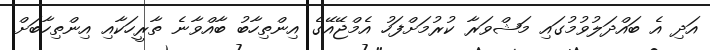
އަދި އެ ބައްދަލުވުމުގައި މަޝްވަރާ ކުރުމަށްފަހު އެމްޖޭއޭގެ އިންތިހާބު ބާއްވާނެ ތާރީހަކާއި އިންތިހާބަށް